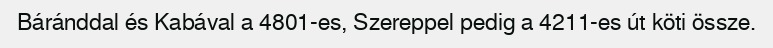
Báránddal és Kabával a 4801-es, Szereppel pedig a 4211-es út köti össze.